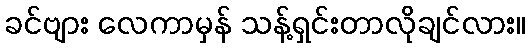
ခင်ဗျား လေကာမှန် သန့်ရှင်းတာလိုချင်လား။